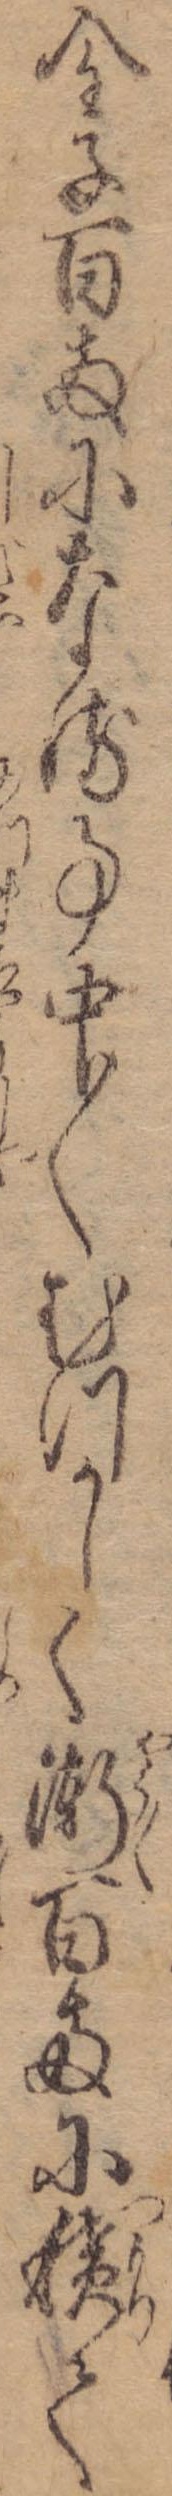
金子百両になる事中〱むつかしく漸百両に積て